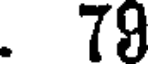
. 79